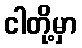
ငါတို့မှာ